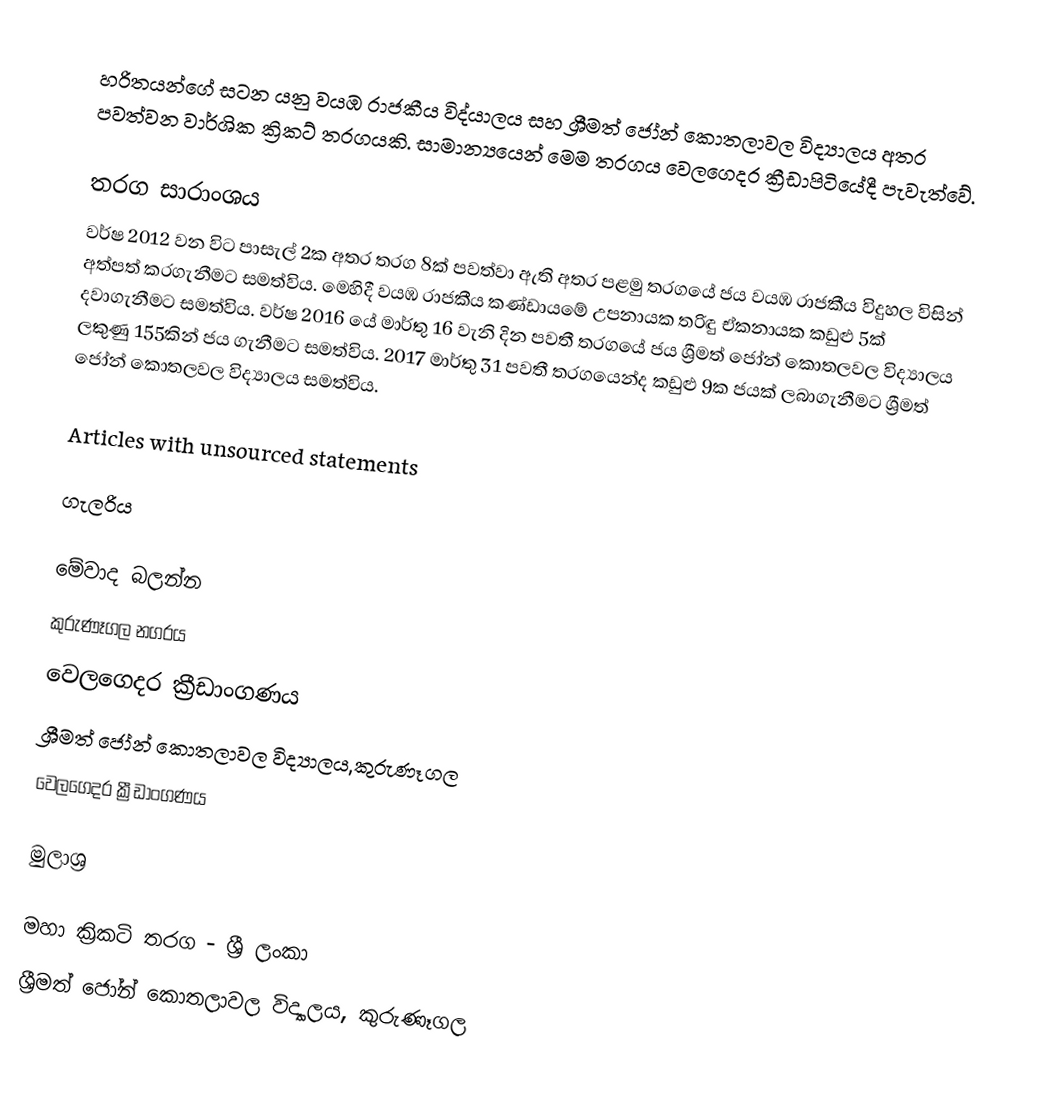
හරිතයන්ගේ සටන යනු වයඹ රාජකීය විද්යාලය සහ ශ්‍රීමත් ජෝන් කොතලාවල විද්‍යාලය අතර පවත්වන වාර්ශික ක්‍රිකට් තරගයකි. සාමාන්‍යයෙන් මෙම තරගය වෙලගෙදර ක්‍රීඩාපිටියේදී පැවැත්වේ.

තරග සාරාංශය
වර්ෂ 2012 වන විට පාසැල් 2ක අතර තරග 8ක් පවත්වා ඇති අතර පළමු තරගයේ ජය වයඹ රාජකීය විදුහල විසින් අත්පත් කරගැනීමට සමත්විය. මෙහිදී වයඹ රාජකීය කණ්ඩායමේ උපනායක තරිඳු ඒකනායක කඩුළු 5ක් දවාගැනීමට සමත්විය. වර්ෂ 2016 යේ මාර්තු 16 වැනි දින පවතී තරගයේ ජය ශ්‍රීමත් ජෝන් කොතලවල විද්‍යාලය ලකුණු 155කින් ජය ගැනීමට සමත්විය. 2017 මාර්තු 31 පවතී තරගයෙන්ද කඩුළු 9ක ජයක් ලබාගැනීමට ශ්‍රීමත් ජෝන් කොතලවල විද්‍යාලය සමත්විය.

Articles with unsourced statements

ගැලරිය

මේවාද බලන්න
 කුරුණෑගල නගරය
 වෙලගෙදර ක්‍රීඩාංගණය
 ශ්‍රීමත් ජෝන් කොතලාවල විද්‍යාලය,කුරුණෑගල
 වෙලගෙදර ක්‍රීඩාංගණය

මුලාශ්‍ර

මහා ක්‍රිකටි තරග - ශ්‍රී ලංකා
ශ්‍රීමත් ජෝන් කොතලාවල විද්‍යාලය, කුරුණෑගල